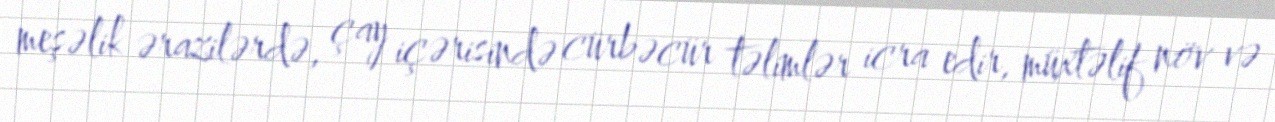
meşəlik ərazilərdə, çay içərisində cürbəcür təlimlər icra edir, müxtəlif növ və